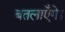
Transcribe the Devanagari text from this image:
बतलाएँगे।